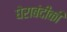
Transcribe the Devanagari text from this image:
घेराबंदीकी